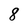
Character: 8